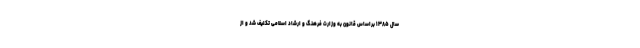
سال ۱۳۸۵ براساس قانون به وزارت فرهنگ و ارشاد اسلامی تکلیف شد و از